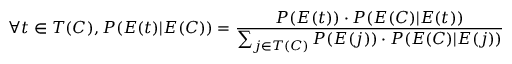
\forall t \in T ( C ) , P ( E ( t ) | E ( C ) ) = { \frac { P ( E ( t ) ) \cdot P ( E ( C ) | E ( t ) ) } { \sum _ { j \in T ( C ) } P ( E ( j ) ) \cdot P ( E ( C ) | E ( j ) ) } }